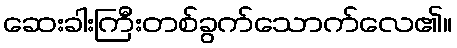
ဆေးခါးကြီးတစ်ခွက်သောက်လေ၏။